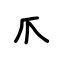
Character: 爪